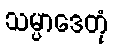
သမ္ပာဒေတုံ